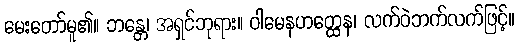
မေးတော်မူ၏။ ဘန္တေ၊ အရှင်ဘုရား။ ဝါမေနဟတ္ထေန၊ လက်ဝဲဘက်လက်ဖြင့်။